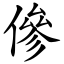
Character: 傪